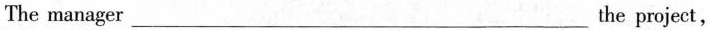
The manager___the project,